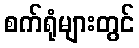
စက်ရုံများတွင်